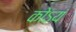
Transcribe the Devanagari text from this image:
कोऽयं